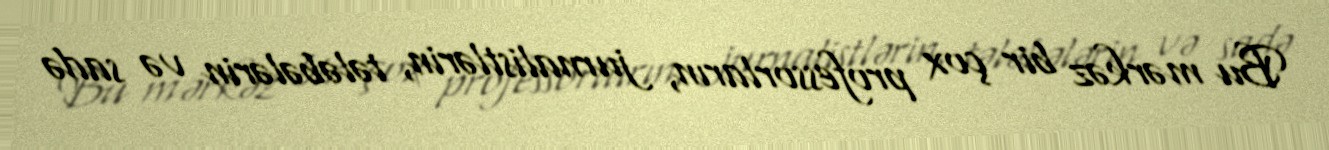
Bu mərkəz bir çox professorların, jurnalistlərin, tələbələrin və sadə